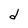
Character: d